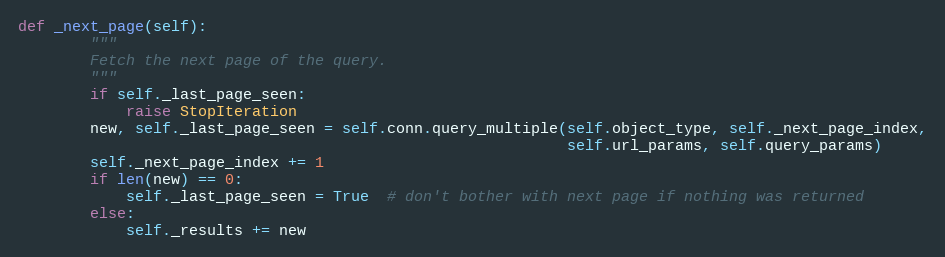
Language: Python
def _next_page(self):
        """
        Fetch the next page of the query.
        """
        if self._last_page_seen:
            raise StopIteration
        new, self._last_page_seen = self.conn.query_multiple(self.object_type, self._next_page_index,
                                                             self.url_params, self.query_params)
        self._next_page_index += 1
        if len(new) == 0:
            self._last_page_seen = True  # don't bother with next page if nothing was returned
        else:
            self._results += new